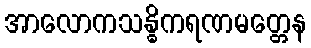
အာလောကသန္ဓိကရဏမတ္တေန